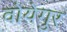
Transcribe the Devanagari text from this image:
वोयेगुर